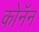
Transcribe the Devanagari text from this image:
कोनॅन